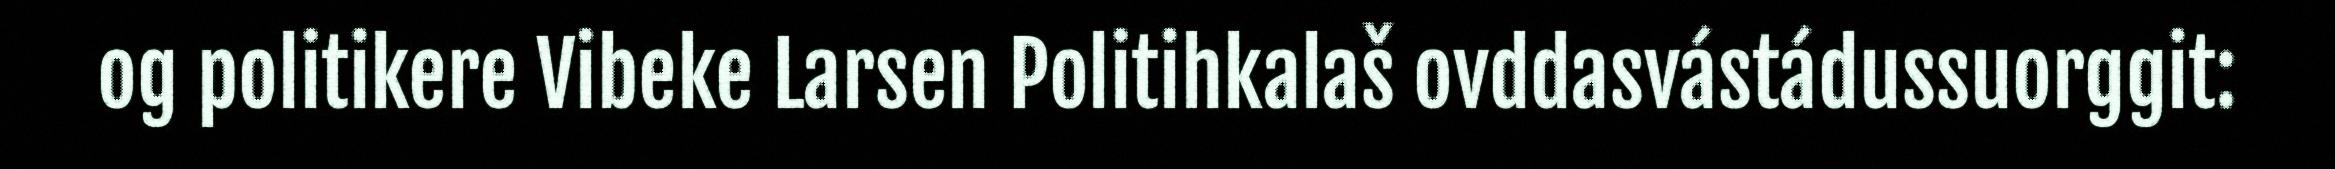
og politikere Vibeke Larsen Politihkalaš ovddasvástádussuorggit: